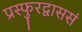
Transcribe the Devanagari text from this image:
प्रस्फुरद्वाससं